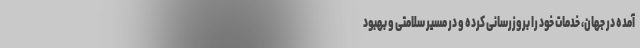
آمده در جهان، خدمات خود را بروزرسانی کرده و در مسیر سلامتی و بهبود